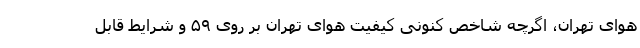
هوای تهران، اگرچه شاخص کنونی کیفیت هوای تهران بر روی ۵۹ و شرایط قابل